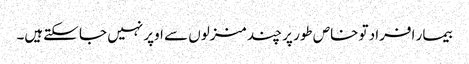
بیمار افراد تو خاص طور پر چند منزلوں سے اوپر نہیں جا سکتےہیں۔